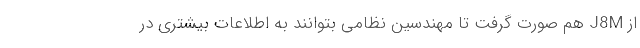
از J8M هم صورت گرفت تا مهندسین نظامی بتوانند به اطلاعات بیشتری در